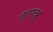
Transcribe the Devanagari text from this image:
तुडरुन्नू